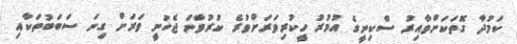
ކަމުދާ ގޮތަކަށްވާއިރު ސްކިނީގެ އުމުރު ހީކުރިވަރަށްވުރެ ކުރުވާން ޖެހުނީ ވަރަށް ގިނަ ސަބަބުތަކާއި